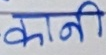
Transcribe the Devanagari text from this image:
कानि